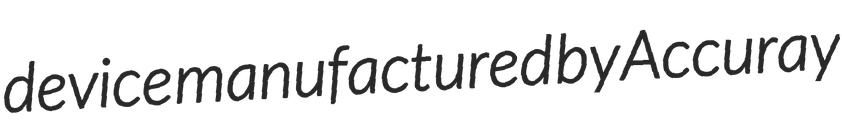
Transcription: device manufactured by Accuray